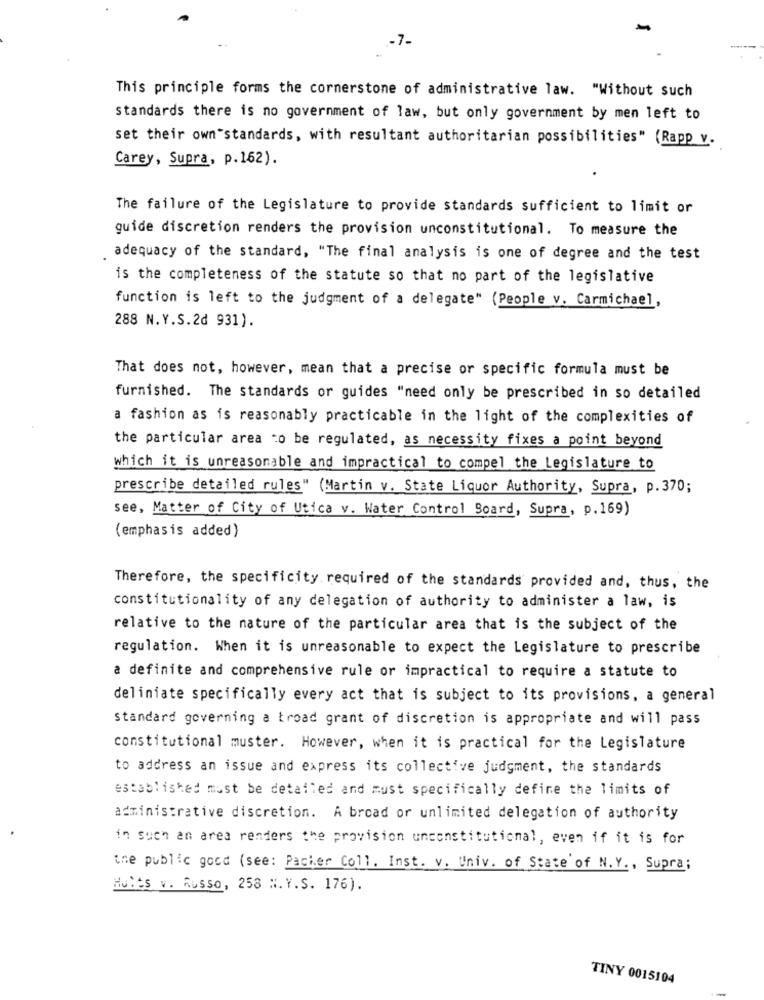
.- 7.
This principle forms the cornerstone of administrative law. "Without such
standards there is no government of law, but only government by men left to
set their own"standards, with resultant authoritarian possibilities" (Rapp v.
Carey, Supra, p.162).
The failure of the Legislature to provide standards sufficient to limit or
guide discretion renders the provision unconstitutional. To measure the
adequacy of the standard, "The final analysis is one of degree and the test
is the completeness of the statute so that no part of the legislative
function is left to the judgment of a delegate" (People v. Carmichael,
288 N.Y.S.2d 931).
That does not, however, mean that a precise or specific formula must be
furnished. The standards or guides "need only be prescribed in so detailed
a fashion as is reasonably practicable in the light of the complexities of
the particular area to be regulated, as necessity fixes a point beyond
which it is unreasonable and impractical to compel the Legislature to
prescribe detailed rules" (Martin v. State Liquor Authority, Supra, p.370;
see, Matter of City of Utica v. Water Control Board, Supra, p. 169)
(emphasis added)
Therefore, the specificity required of the standards provided and, thus, the
constitutionality of any delegation of authority to administer a law, is
relative to the nature of the particular area that is the subject of the
regulation. When it is unreasonable to expect the Legislature to prescribe
a definite and comprehensive rule or impractical to require a statute to
deliniate specifically every act that is subject to its provisions, a general
standard governing a broad grant of discretion is appropriate and will pass
constitutional muster. However, when it is practical for the Legislature
to address an issue and express its collective judgment, the standards
established must be detailed and must specifically define the limits of
administrative discretion. A broad or unlimited delegation of authority
in such an area renders the provision unconstitutional, even if it is for
the public good (see: Packer Coll. Inst. v. Univ. of State of N.Y ., Supra;
Hults v. Russo, 258 H.Y.S. 176).
TINY 0015104